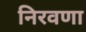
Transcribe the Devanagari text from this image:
निरवणा